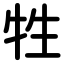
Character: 牲